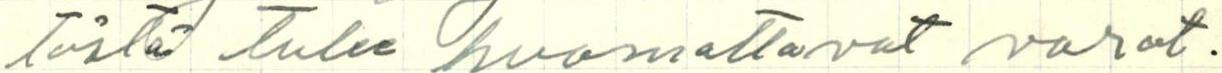
tästä tulee huomattavat varat.